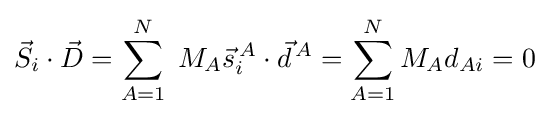
{\vec {S}}_{i}\cdot {\vec {D}}=\sum _{A=1}^{N}\;M_{A}{\vec {s}}_{i}^{\,A}\cdot {\vec {d}}^{\,A}=\sum _{A=1}^{N}M_{A}d_{Ai}=0